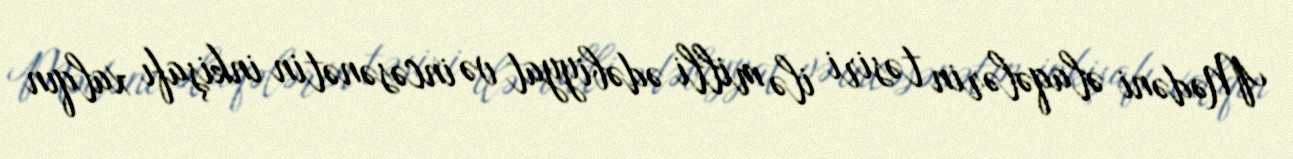
Mədəni əlaqələrin təsiri ilə milli ədəbiyyat və incəsənətin inkişafı xalqın